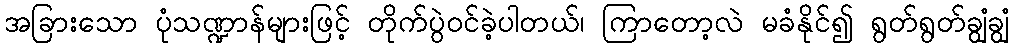
အခြားသော ပုံသဏ္ဍာန်များဖြင့် တိုက်ပွဲဝင်ခဲ့ပါတယ်၊ ကြာတော့လဲ မခံနိုင်၍ ရွတ်ရွတ်ချွံချွံ